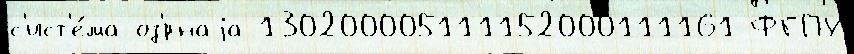
с'ист'е́ма оз'́рнаjа 130200005111152000111161 ФГПУ